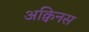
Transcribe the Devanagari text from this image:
अक्विनस